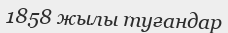
1858 жылы туғандар